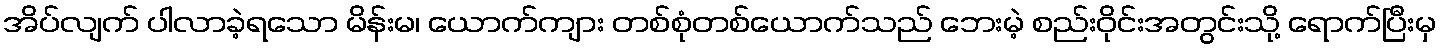
အိပ်လျက် ပါလာခဲ့ရသော မိန်းမ၊ ယောက်ကျား တစ်စုံတစ်ယောက်သည် ဘေးမဲ့ စည်းဝိုင်းအတွင်းသို့ ရောက်ပြီးမှ